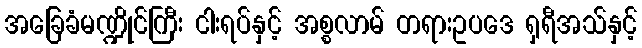
အခြေခံမဏ္ဍိုင်ကြီး ငါးရပ်နှင့် အစ္စလာမ် တရားဥပဒေ ရှရီအသ်နှင့်